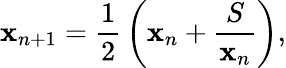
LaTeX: \mathbf{x}_{n+1}={\frac{{1}}{{2}}}\left(\mathbf{x}_{n}+{\frac{{S}}{{\mathbf{x}_{n}}}}\right),